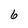
Character: 6